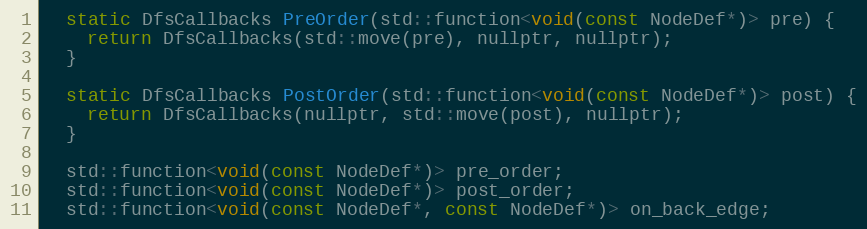
Language: C
  static DfsCallbacks PreOrder(std::function<void(const NodeDef*)> pre) {
    return DfsCallbacks(std::move(pre), nullptr, nullptr);
  }

  static DfsCallbacks PostOrder(std::function<void(const NodeDef*)> post) {
    return DfsCallbacks(nullptr, std::move(post), nullptr);
  }

  std::function<void(const NodeDef*)> pre_order;
  std::function<void(const NodeDef*)> post_order;
  std::function<void(const NodeDef*, const NodeDef*)> on_back_edge;